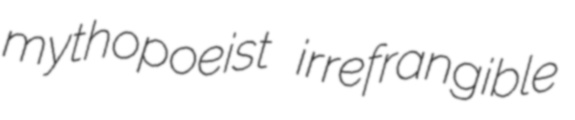
mythopoeist irrefrangible